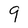
Character: 9